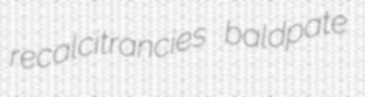
recalcitrancies baldpate